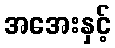
အအေးနှင့်